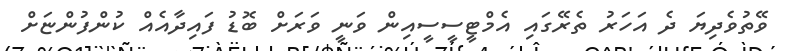
ވޭތުވެދިޔަ ދެ އަހަރު ތެރޭގައި އެމްޓީސީސީއިން ވަނީ ވަރަށް ބޮޑު ފައިދާއެއް ކުންފުންޏަށް